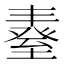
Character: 𦥆